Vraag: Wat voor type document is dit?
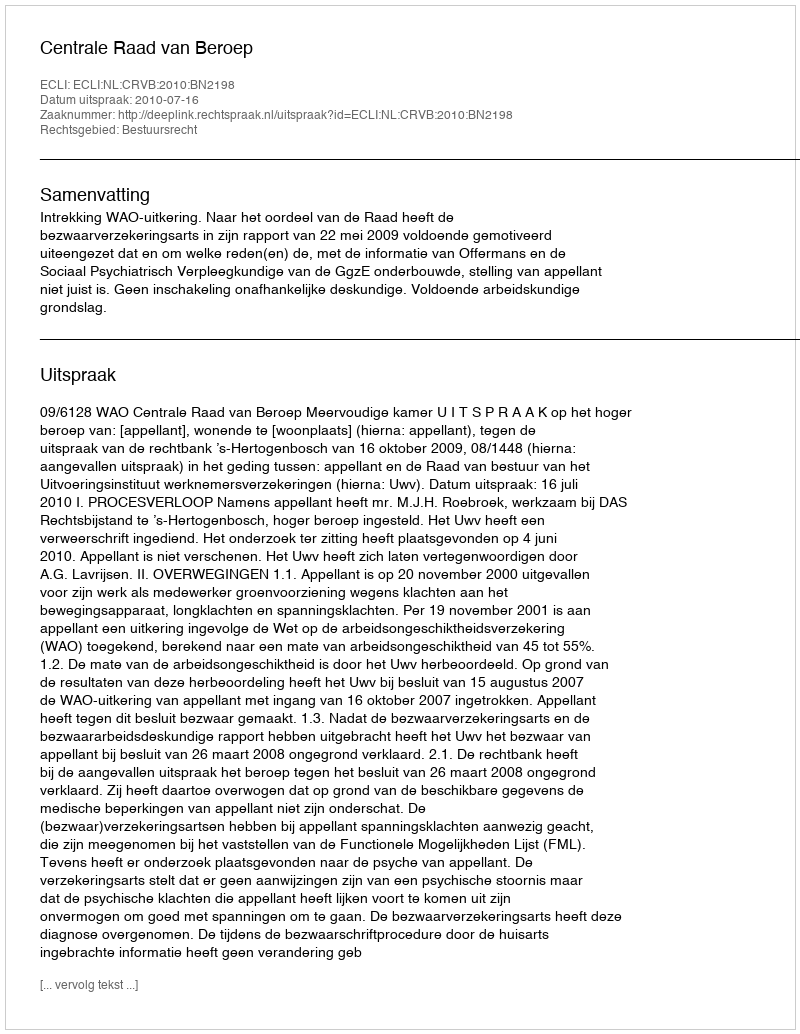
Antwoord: Uitspraak